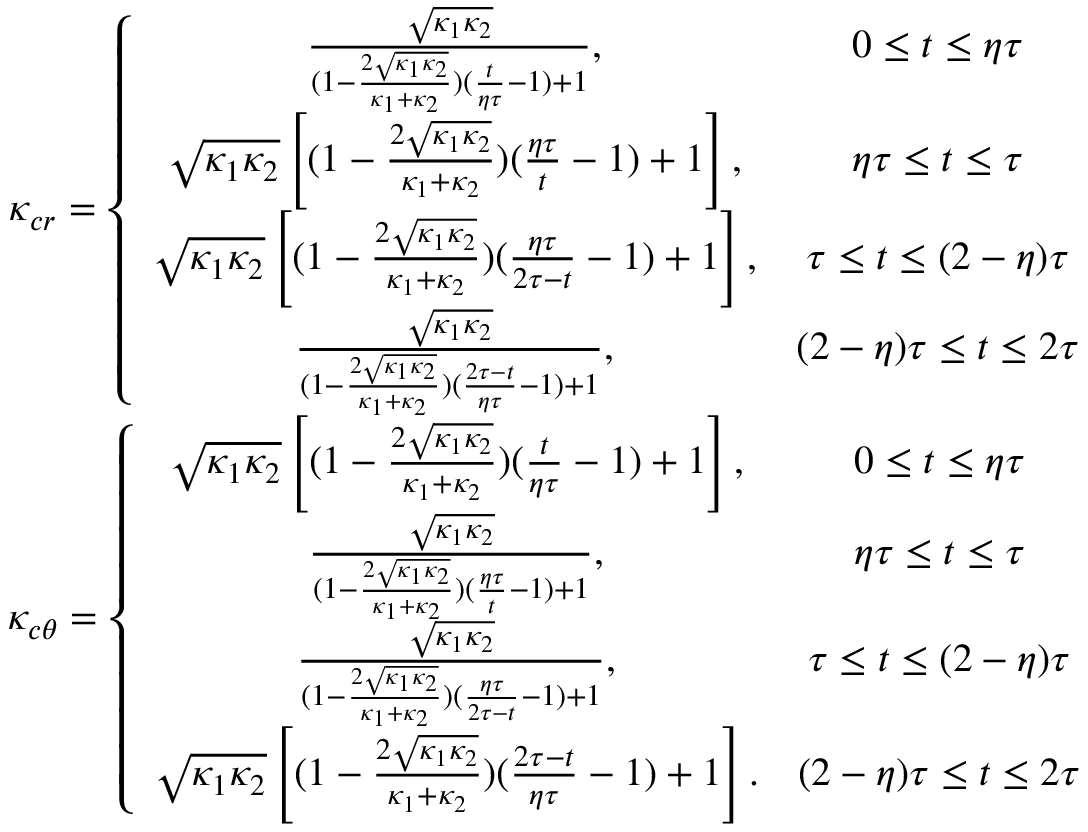
\begin{array} { c } { \kappa _ { c r } = \left\lbrace \begin{array} { c c } { \frac { \sqrt { \kappa _ { 1 } \kappa _ { 2 } } } { ( 1 - \frac { 2 \sqrt { \kappa _ { 1 } \kappa _ { 2 } } } { \kappa _ { 1 } + \kappa _ { 2 } } ) ( \frac { t } { \eta \tau } - 1 ) + 1 } , } & { 0 \le t \le \eta \tau } \\ { \sqrt { \kappa _ { 1 } \kappa _ { 2 } } \left[ ( 1 - \frac { 2 \sqrt { \kappa _ { 1 } \kappa _ { 2 } } } { \kappa _ { 1 } + \kappa _ { 2 } } ) ( \frac { \eta \tau } { t } - 1 ) + 1 \right] , } & { \eta \tau \le t \le \tau } \\ { \sqrt { \kappa _ { 1 } \kappa _ { 2 } } \left[ ( 1 - \frac { 2 \sqrt { \kappa _ { 1 } \kappa _ { 2 } } } { \kappa _ { 1 } + \kappa _ { 2 } } ) ( \frac { \eta \tau } { 2 \tau - t } - 1 ) + 1 \right] , } & { \tau \le t \le ( 2 - \eta ) \tau } \\ { \frac { \sqrt { \kappa _ { 1 } \kappa _ { 2 } } } { ( 1 - \frac { 2 \sqrt { \kappa _ { 1 } \kappa _ { 2 } } } { \kappa _ { 1 } + \kappa _ { 2 } } ) ( \frac { 2 \tau - t } { \eta \tau } - 1 ) + 1 } , } & { ( 2 - \eta ) \tau \le t \le 2 \tau } \end{array} \right. } \\ { \kappa _ { c \theta } = \left\lbrace \begin{array} { c c } { \sqrt { \kappa _ { 1 } \kappa _ { 2 } } \left[ ( 1 - \frac { 2 \sqrt { \kappa _ { 1 } \kappa _ { 2 } } } { \kappa _ { 1 } + \kappa _ { 2 } } ) ( \frac { t } { \eta \tau } - 1 ) + 1 \right] , } & { 0 \le t \le \eta \tau } \\ { \frac { \sqrt { \kappa _ { 1 } \kappa _ { 2 } } } { ( 1 - \frac { 2 \sqrt { \kappa _ { 1 } \kappa _ { 2 } } } { \kappa _ { 1 } + \kappa _ { 2 } } ) ( \frac { \eta \tau } { t } - 1 ) + 1 } , } & { \eta \tau \le t \le \tau } \\ { \frac { \sqrt { \kappa _ { 1 } \kappa _ { 2 } } } { ( 1 - \frac { 2 \sqrt { \kappa _ { 1 } \kappa _ { 2 } } } { \kappa _ { 1 } + \kappa _ { 2 } } ) ( \frac { \eta \tau } { 2 \tau - t } - 1 ) + 1 } , } & { \tau \le t \le ( 2 - \eta ) \tau } \\ { \sqrt { \kappa _ { 1 } \kappa _ { 2 } } \left[ ( 1 - \frac { 2 \sqrt { \kappa _ { 1 } \kappa _ { 2 } } } { \kappa _ { 1 } + \kappa _ { 2 } } ) ( \frac { 2 \tau - t } { \eta \tau } - 1 ) + 1 \right] . } & { ( 2 - \eta ) \tau \le t \le 2 \tau } \end{array} \right. } \end{array}